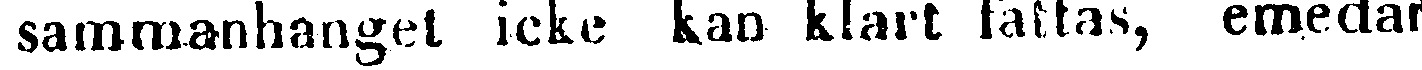
sammanhanget icke kan klart fattas, emedan